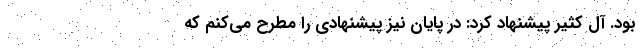
بود. آل کثیر پیشنهاد کرد: در پایان نیز پیشنهادی را مطرح می‌کنم که